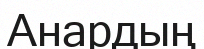
Анардың